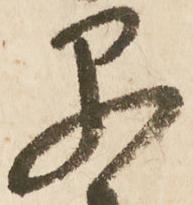
早